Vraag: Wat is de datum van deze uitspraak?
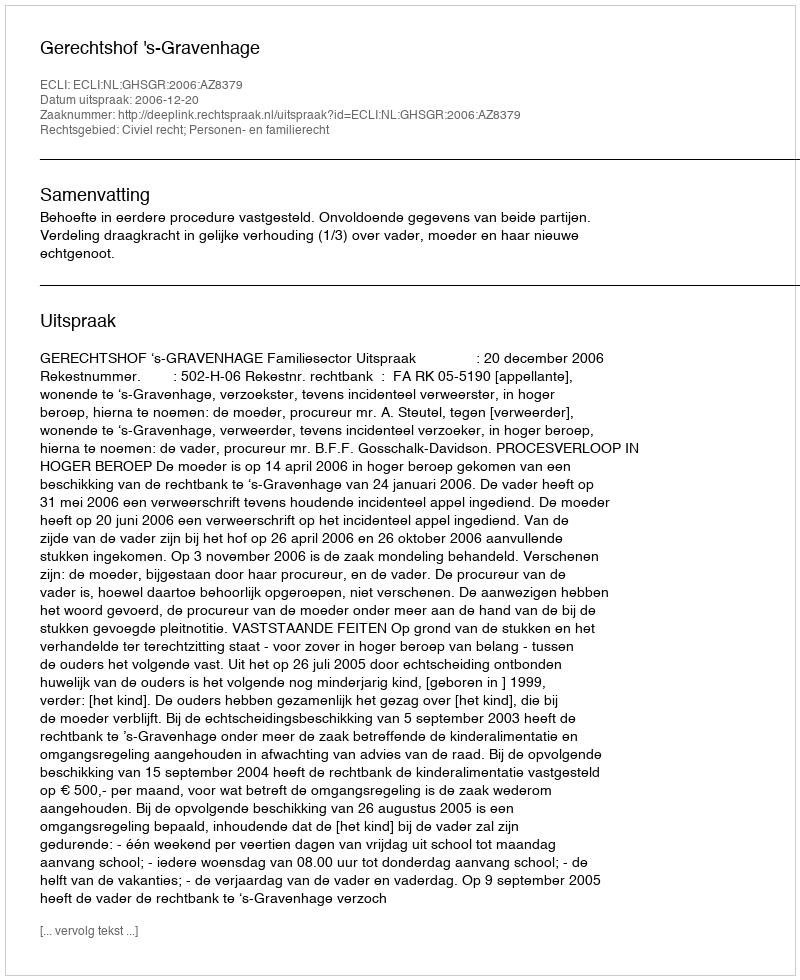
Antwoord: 2006-12-20